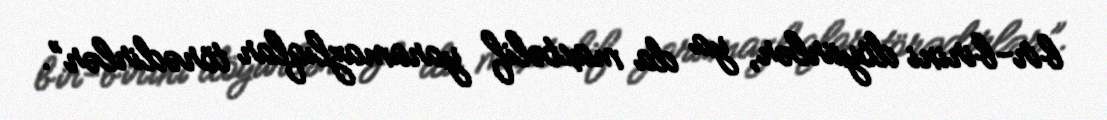
bir-birini döyürlər, ya da müxtəlif yaramazlıqlar törədirlər”.